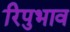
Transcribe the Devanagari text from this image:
रिपुभाव